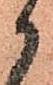
御